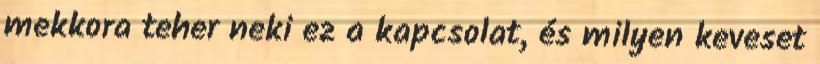
mekkora teher neki ez a kapcsolat, és milyen keveset